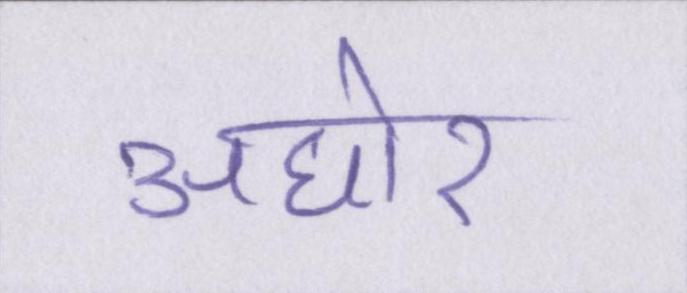
अघोर